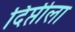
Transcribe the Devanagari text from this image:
दिप्तीला